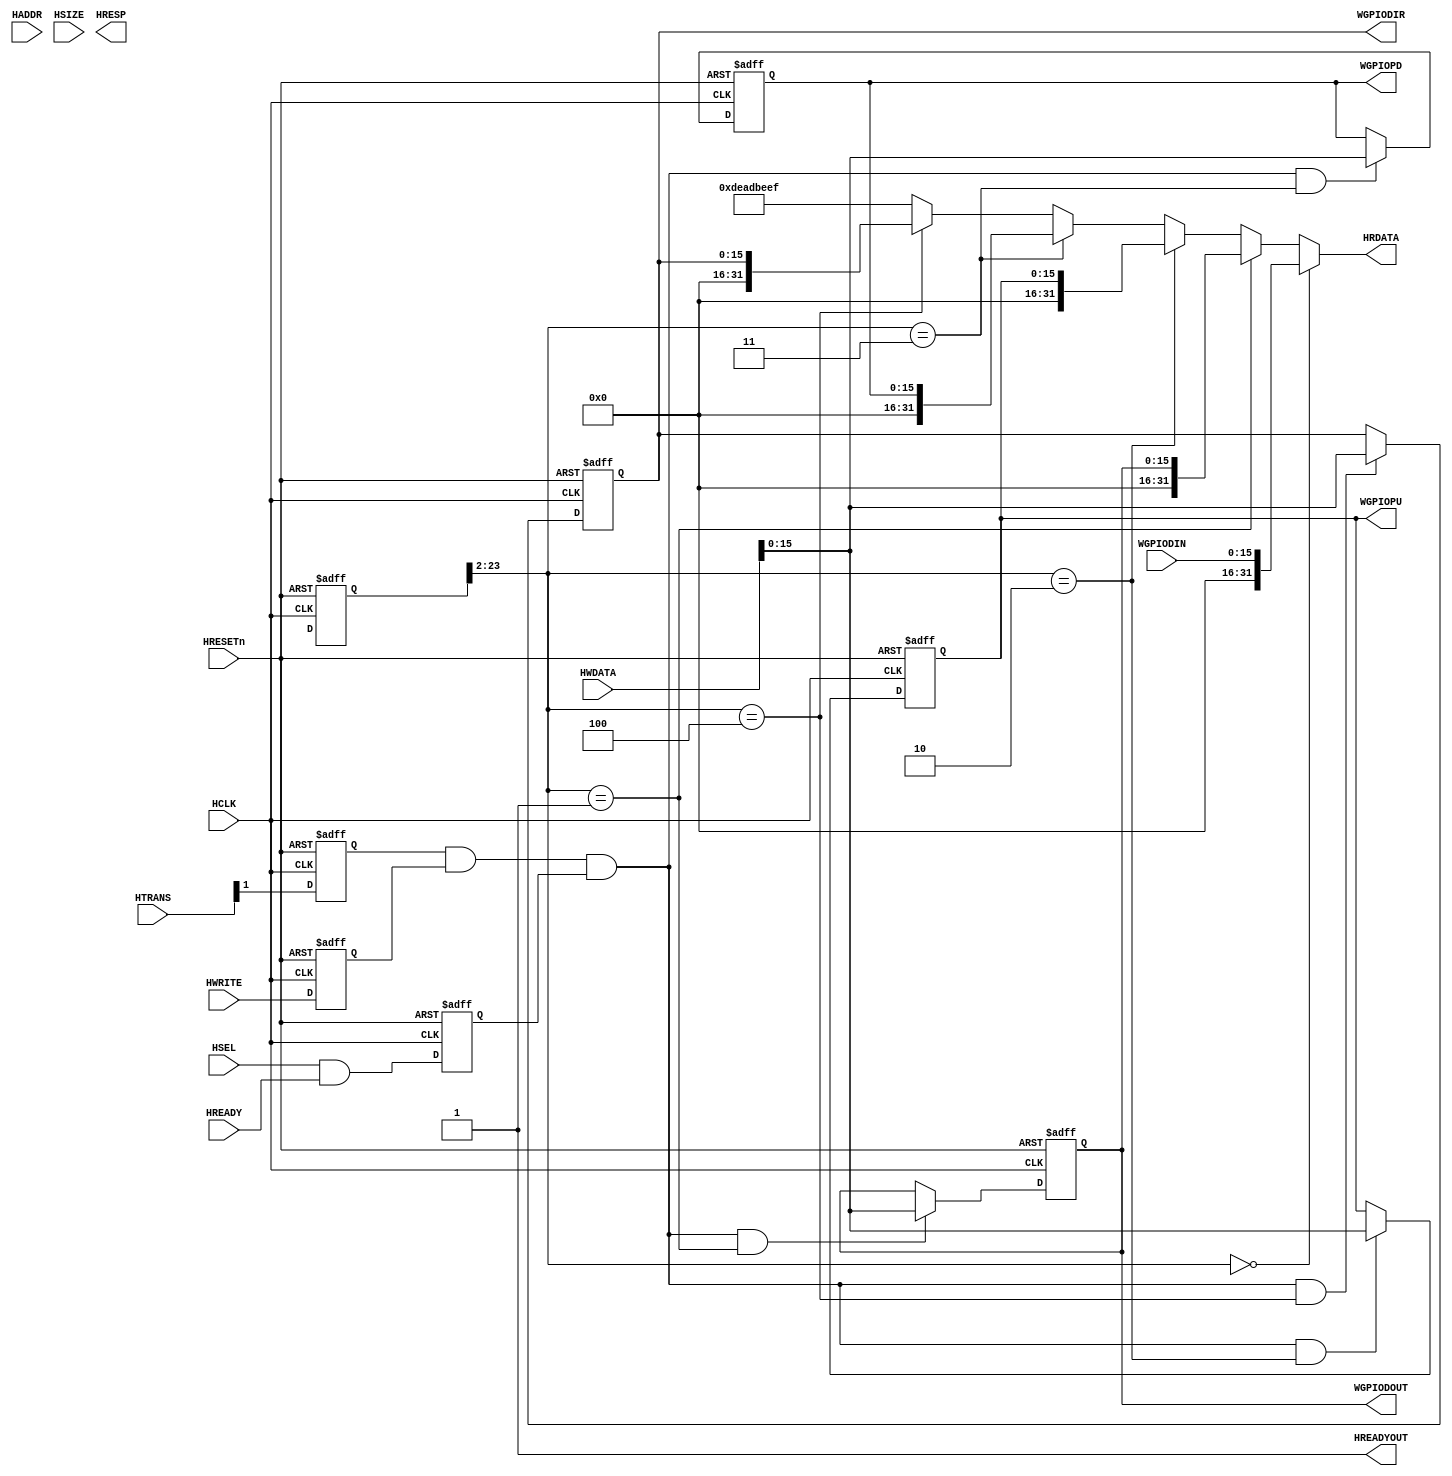
module AHBlite_GPIO (
    // AHB Interface
    // clock and reset 
    input  wire        HCLK,    
    //input  wire        HCLKG,   // Gated clock
    input  wire        HRESETn, // Reset

    // input ports
    input   wire        HSEL,    // Select
    input   wire [23:2] HADDR,   // Address
    input   wire        HREADY, // 
    input   wire        HWRITE,  // Write control
    input   wire [1:0]  HTRANS,    // AHB transfer type
    input   wire [2:0]  HSIZE,    // AHB hsize
    input   wire [31:0] HWDATA,  // Write data

    // output ports
    output wire [31:0] HRDATA,  // Read data
    output wire        HREADYOUT,  // Device ready
    output wire [1:0]   HRESP,
		// IP Interface
	// WGPIODIN register/fields
	input [15:0] WGPIODIN,


	// WGPIODOUT register/fields
	output [15:0] WGPIODOUT,


	// WGPIOPU register/fields
	output [15:0] WGPIOPU,


	// WGPIOPD register/fields
	output [15:0] WGPIOPD,


	// WGPIODIR register/fields
	output [15:0] WGPIODIR


);
    reg         IOSEL;
    reg [23:0]  IOADDR;
    reg         IOWRITE;    // I/O transfer direction
    reg [2:0]   IOSIZE;     // I/O transfer size
    reg         IOTRANS;

    // registered HSEL, update only if selected to reduce toggling
    always @(posedge HCLK or negedge HRESETn) begin
        if (~HRESETn)
            IOSEL <= 1'b0;
        else
            IOSEL <= HSEL & HREADY;
    end
    
    // registered address, update only if selected to reduce toggling
    always @(posedge HCLK or negedge HRESETn) begin
        if (~HRESETn)
            IOADDR <= 24'd0;
        else
            IOADDR <= HADDR[23:0];
    end

    // Data phase write control
    always @(posedge HCLK or negedge HRESETn)
    begin
      if (~HRESETn)
        IOWRITE <= 1'b0;
      else
        IOWRITE <= HWRITE;
    end
  
    // registered hsize, update only if selected to reduce toggling
    always @(posedge HCLK or negedge HRESETn)
    begin
      if (~HRESETn)
        IOSIZE <= {3{1'b0}};
      else
        IOSIZE <= HSIZE[2:0];
    end
  
    // registered HTRANS, update only if selected to reduce toggling
    always @(posedge HCLK or negedge HRESETn)
    begin
      if (~HRESETn)
        IOTRANS <= 1'b0;
      else
        IOTRANS <= HTRANS[1];
    end
    
    wire rd_enable;
    assign  rd_enable = IOSEL & (~IOWRITE) & IOTRANS; 
    wire wr_enable = IOTRANS & IOWRITE & IOSEL;
    

    reg [15:0] WGPIODOUT;

    reg [15:0] WGPIOPU;

    reg [15:0] WGPIOPD;

    reg [15:0] WGPIODIR;

    wire[15:0] WGPIODIN;

	// Register: WGPIODOUT
    wire WGPIODOUT_select = wr_enable & (IOADDR[23:2] == 20'h1);
    
    always @(posedge HCLK or negedge HRESETn)
    begin
        if (~HRESETn)
            WGPIODOUT <= 16'h0;
        else if (WGPIODOUT_select)
            WGPIODOUT <= HWDATA;
    end
    
	// Register: WGPIOPU
    wire WGPIOPU_select = wr_enable & (IOADDR[23:2] == 20'h2);
    
    always @(posedge HCLK or negedge HRESETn)
    begin
        if (~HRESETn)
            WGPIOPU <= 16'h0;
        else if (WGPIOPU_select)
            WGPIOPU <= HWDATA;
    end
    
	// Register: WGPIOPD
    wire WGPIOPD_select = wr_enable & (IOADDR[23:2] == 20'h3);
    
    always @(posedge HCLK or negedge HRESETn)
    begin
        if (~HRESETn)
            WGPIOPD <= 16'h0;
        else if (WGPIOPD_select)
            WGPIOPD <= HWDATA;
    end
    
	// Register: WGPIODIR
    wire WGPIODIR_select = wr_enable & (IOADDR[23:2] == 20'h4);
    
    always @(posedge HCLK or negedge HRESETn)
    begin
        if (~HRESETn)
            WGPIODIR <= 16'h0;
        else if (WGPIODIR_select)
            WGPIODIR <= HWDATA;
    end
    
    assign HRDATA = 
      	(IOADDR[23:2] == 22'h0) ? {16'd0,WGPIODIN} : 
      	(IOADDR[23:2] == 22'h1) ? {16'd0,WGPIODOUT} : 
      	(IOADDR[23:2] == 22'h2) ? {16'd0,WGPIOPU} : 
      	(IOADDR[23:2] == 22'h3) ? {16'd0,WGPIOPD} : 
      	(IOADDR[23:2] == 22'h4) ? {16'd0,WGPIODIR} : 
	32'hDEADBEEF;
	assign HREADYOUT = 1'b1;     // Always ready

endmodule